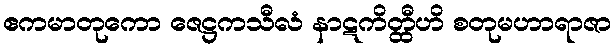
ဧကမာတုကော ဇေဋ္ဌကသီလံ နာဋကိတ္ထီဟိ စတုမဟာရာဇာ